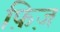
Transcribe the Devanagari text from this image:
फ़िज़